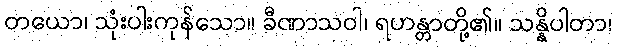
တယော၊ သုံးပါးကုန်သော။ ခီဏာသဝါ၊ ရဟန္တာတို့၏။ သန္နိပါတာ၊